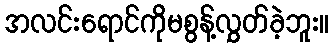
အလင်းရောင်ကိုမစွန့်လွှတ်ခဲ့ဘူး။